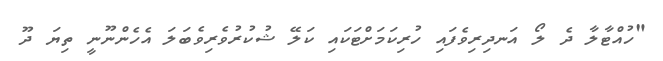
"ހުއްޓާލާ ދެ ލޯ އަނދިރިވެފައި ހުރިކަމަށްޓަކައި ކަލޭ ޝުކުރުވެރިވެބަލަ އެހެންނޫނީ ތިޔަ ދޫ